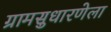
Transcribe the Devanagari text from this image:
ग्रामसुधारणेला